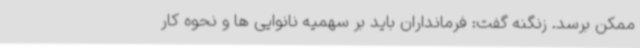
ممکن برسد. زنگنه گفت: فرمانداران باید بر سهمیه نانوایی ها و نحوه کار